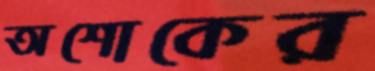
অশোকের